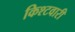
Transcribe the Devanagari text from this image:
किश्टवारी